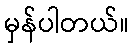
မှန်ပါတယ်။